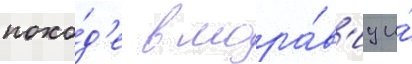
похо́д'е в мора́в'иу и́